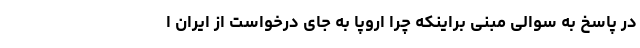
در پاسخ به سوالی مبنی براینکه چرا اروپا به جای درخواست از ایران ا